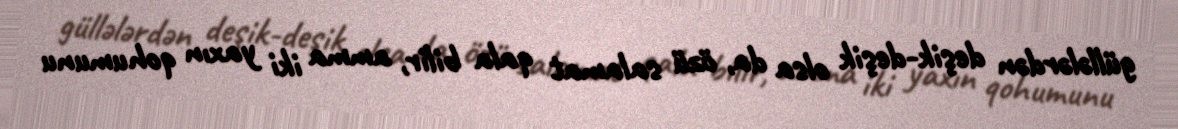
güllələrdən deşik-deşik olsa da, özü salamat qala bilir, amma iki yaxın qohumunu